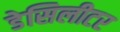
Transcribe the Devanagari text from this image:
डेसिलीटर